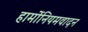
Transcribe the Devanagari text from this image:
हार्मोनियमवादन